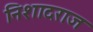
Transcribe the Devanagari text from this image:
निशादराज